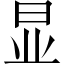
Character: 显